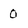
Character: 0